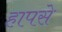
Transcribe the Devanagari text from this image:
हापसे